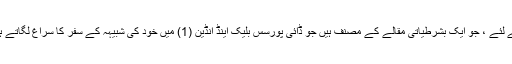
اگر یہ رواج آج بھی جاری ہے تو ، ماہر معاشیات جولیٹ سمیرلڈا کے لئے ، جو ایک بشرطیاتی مقالے کے مصنف ہیں جو ڈائی پورسس بلیک اینڈ انڈین (1) میں خود کی شبیہہ کے سفر کا سراغ لگاتے ہیں ، مغربی معاشرے نے خوبصورتی کے اصول وضع کردیئے ہیں۔